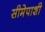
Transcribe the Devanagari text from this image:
सीमेपाशी